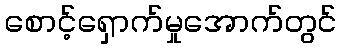
စောင့်ရှောက်မှုအောက်တွင်